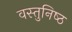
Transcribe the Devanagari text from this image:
वस्‍तुनिष्‍ठ